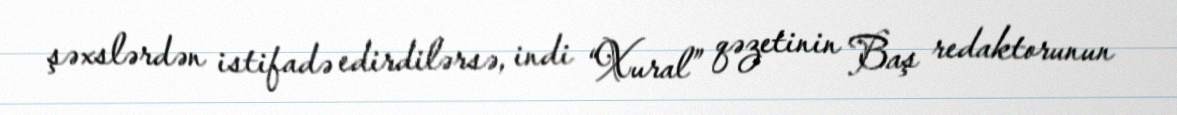
şəxslərdən istifadə edirdilərsə, indi “Xural” qəzetinin Baş redaktorunun